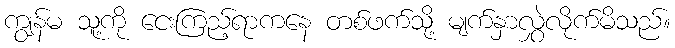
ကျွန်မ သူ့ကို ငေးကြည့်ရာကနေ တစ်ဖက်သို့ မျက်နှာလွှဲလိုက်မိသည်။